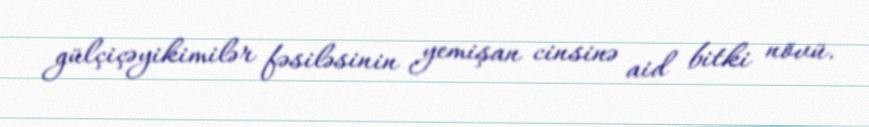
gülçiçəyikimilər fəsiləsinin yemişan cinsinə aid bitki növü.